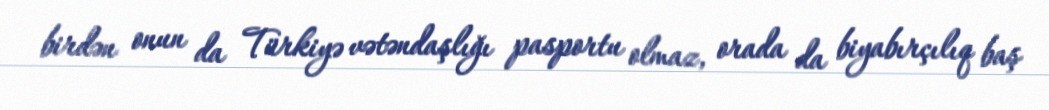
birdən onun da Türkiyə vətəndaşlığı pasportu olmaz, orada da biyabırçılıq baş